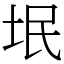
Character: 垊